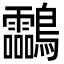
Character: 𪈝